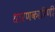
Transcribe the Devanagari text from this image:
धारणकारिणी